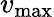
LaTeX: v_{\mathrm{max}}